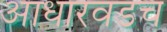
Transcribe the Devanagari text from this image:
आधारवडच